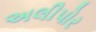
અલીપોર